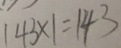
1 4 3 \times 1 = 1 4 3